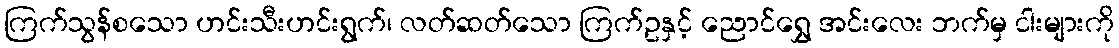
ကြက်သွန်စသော ဟင်းသီးဟင်းရွက်၊ လတ်ဆတ်သော ကြက်ဥနှင့် ညောင်ရွှေ အင်းလေး ဘက်မှ ငါးများကို